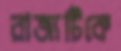
রাজ্যটিকে